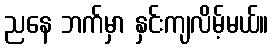
ညနေ ဘက်မှာ နှင်းကျလိမ့်မယ်။